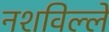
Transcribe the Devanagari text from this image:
नशविल्ले